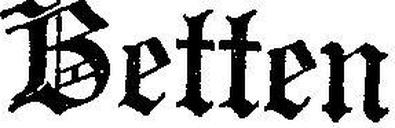
Betten